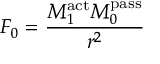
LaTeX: F _ { 0 } = { \frac { M _ { 1 } ^ { \mathrm { a c t } } M _ { 0 } ^ { \mathrm { p a s s } } } { r ^ { 2 } } }